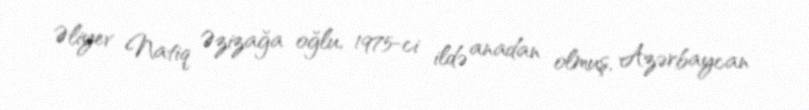
Əliyev Natiq Əzizağa oğlu, 1975-ci ildə anadan olmuş, Azərbaycan